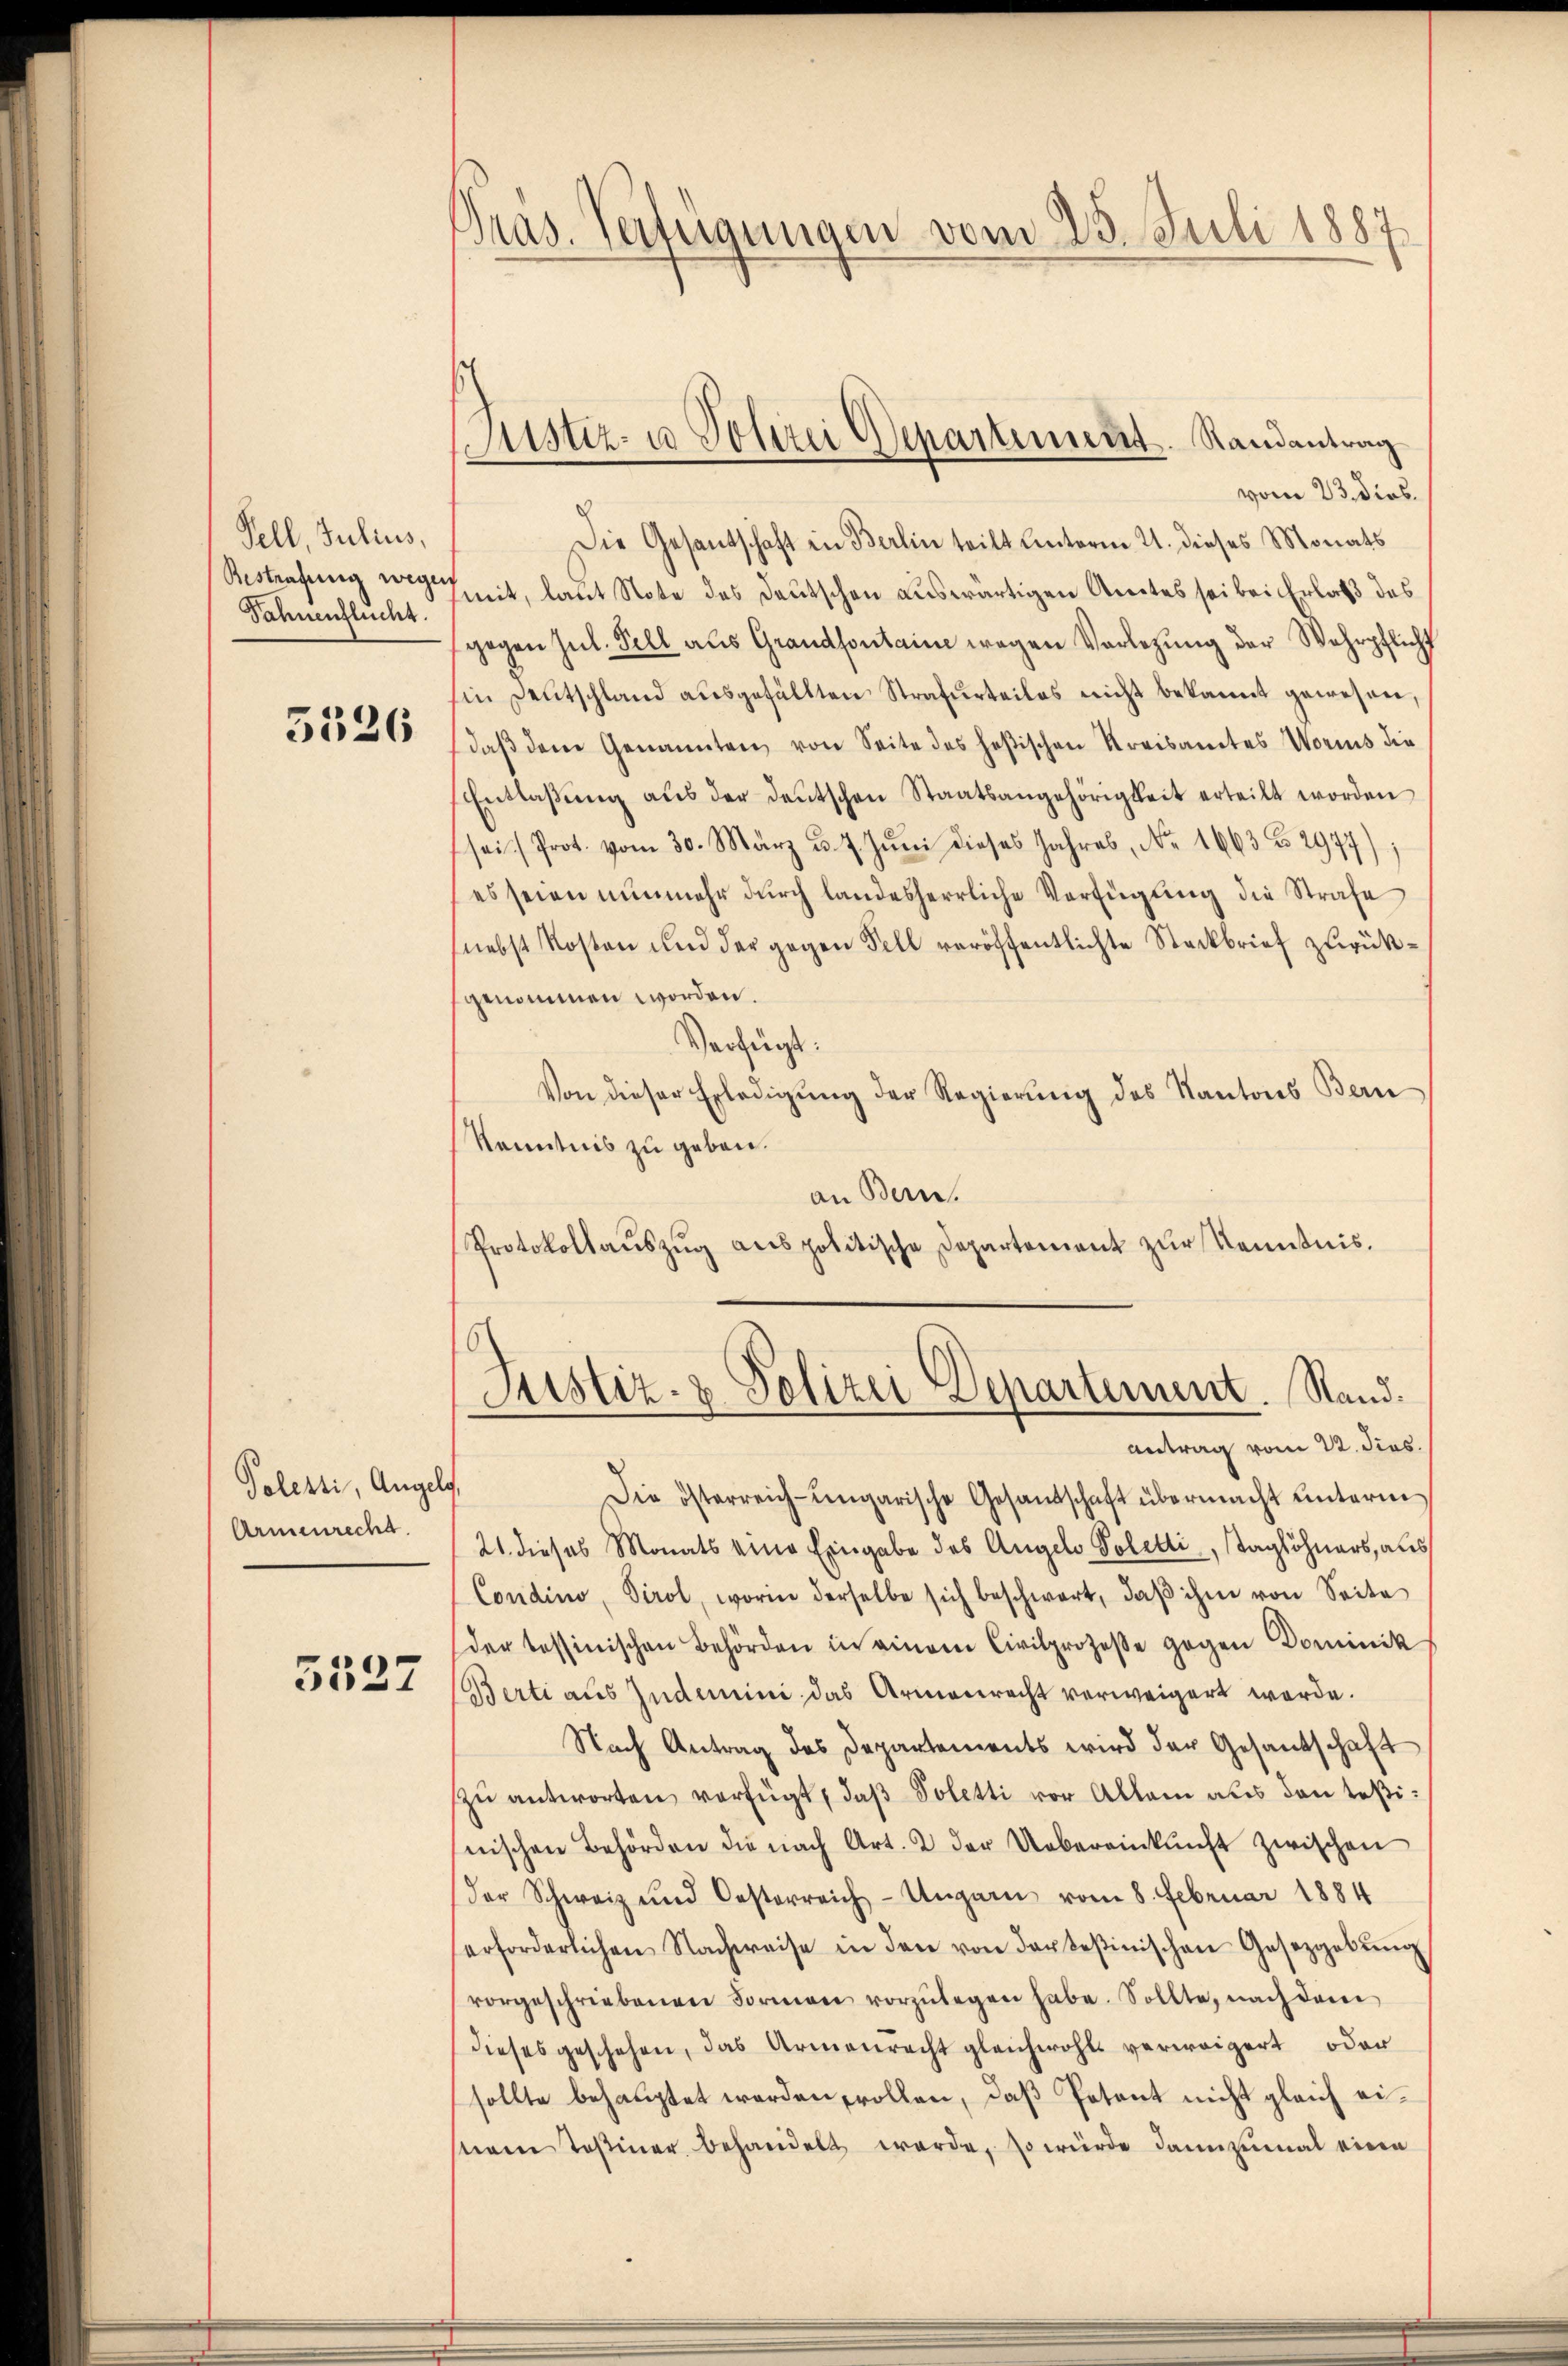
Fell, Julius,
Bestrafung wegen
Sahnenflucht.

5326

Polesti, Angels,
Armenrecht.

5527

Gras. Verfügungen vom 25. Juli 1887

Justiz- u Polizei Departement. Randantrag

vom 23. dies
Die Gesandtschaft in Berlin teilt unterm 21. dieses Monats
mit, laut Note des Deutschen auswärtigen Amtes sei bei Erlaß des
gegen Jul. Fell aus Grandsontaine wegen Vorlegŭng der Wehrpflicht
in Deutschland aŭsgefällten Strafurteiles nicht bekannt gewesen,
daβ den Genannten von Seite des heßischen Kreisamtes Worms die
Entlaβŭng aŭs der deutschen Staatsangehörigkeit erteilt worden
sei Prot. vom 30. März u. 7. Jŭni dieses Jahres, Nr. 1663 No 2947
es seien nunmehr durch landesherrliche Verfügung die Strafe
(nebst Kosten und der gegen Fell veröffentlichte Steckbrief zurückgenommen worden.
Verfügt:
Von dieser Erledigung der Regierung des Kantons Bern
Kenntnis zu geben.
an Bern.
Protokollaŭszŭg anspolitische Departement zŭr Kenntnis.
Justiz- & Polizei Departement. Stand.
Antrag vom 22. dies
Die österreich-ungarische Gesandschaft übermacht unterm
21. dieses Monats eine Eingabe des Angelo Poletti, Taglöhners, als
Condino, Tirol, worin derselbe sich beschwert, daβ ihm von Seite
der tessinischen Behörden in einem Civilprozesse gegen Dominik
Berti aus Indemini das Armenrecht verweigert werde.
Nach Antrag des Departements wird der Gesandschaft
zŭ antworten verfügt, daβ Poletti vor Allem aus den Teßinischen Behörden die nach Art. 2 der Uebereinkunft zwischen
der Schweiz und Oesterreich-Ungarn vom 8. Februar 1884
erforderlichen Nachweise in den von dortesinischen Gesetzgebŭng
vorgeschriebenen Formen vorzŭlegen habe. Sollte, nach dem
dieses geschehen, das Armenrecht gleichwohls verweigert oder
sollte behauptet werden sollen, daß Petent nicht gleich eistem Teßiner behandelt werde, so würde dannzumal eine